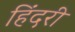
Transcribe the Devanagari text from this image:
हिंदरी